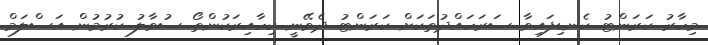
މިހާރު ކަރަންޓު ކެނޑިފައިވާ ސަރަހައްދުތަކަށް ކަރަންޓު ދެވޭނީ ކިހާއިރަކުންތޯ ސުވާލު ކުރުމުން އަސްލަމް